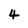
Character: 4